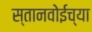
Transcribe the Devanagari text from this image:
स्तानवोईच्या